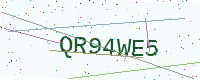
Text: QR94WE5